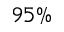
9 5 \%